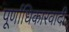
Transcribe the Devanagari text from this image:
पूर्णाधिकारवादी